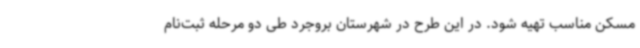
مسکن مناسب تهیه شود. در این طرح در شهرستان بروجرد طی دو مرحله ثبت‌نام